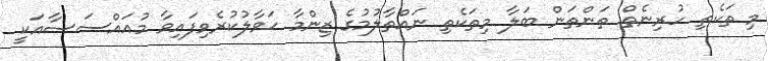
މި ތަކެތި ހުރިނެތް ތަންތަން ބަލާ މިތަކެތި ނައްތާލުމުގެ ޒިންމާ ޙަވާލުކުރެވިފައިވާ މުއައްސަސާއަކީ